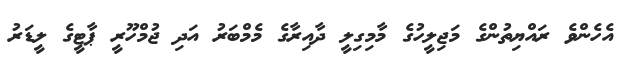
އެހެންވެ ރައްޔިތުންގެ މަޖިލީހުގެ މާމިގިލީ ދާއިރާގެ މެމްބަރު އަދި ޖުމްހޫރީ ޕާޓީގެ ލީޑަރު